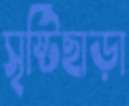
সৃষ্টিছাড়া